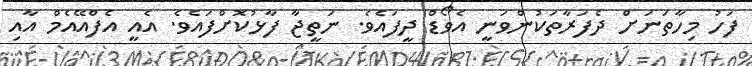
ފަހު މިހާތަނަށް ދެފަރާތަކުންވަނީ އެވޯޑް ދީފައެވެ. ނަތީޖާ ފާޅުކޮށްފައެވެ. އެއީ އެފްއޭއެމް އާއި